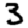
Digit: 3